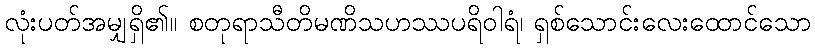
လုံးပတ်အမျှရှိ၏။ စတုရာသီတိမဏိသဟဿပရိဝါရံ၊ ရှစ်သောင်းလေးထောင်သော